Vaccine operations Central Provinces & Berar 1912-1920 - 1912-1920
Year: 1912
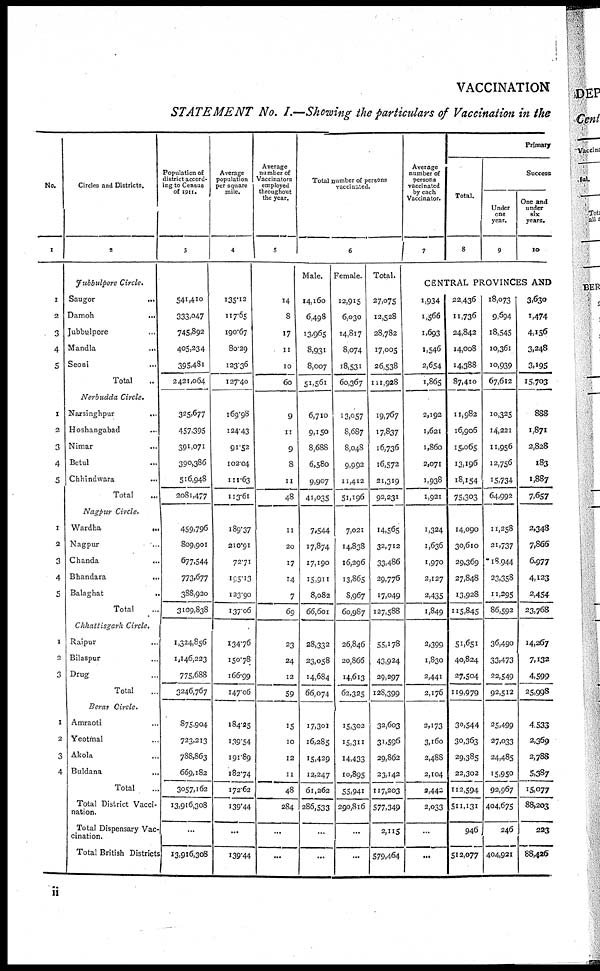
VACCINATION
STATEMENT No. I.—Showing the particulars of Vaccination in the
No.
1
1
2
3
4
5
1
2
3
4
5
1
2
3
4
5
1
2
3
1
2
3
4
Circles and Districts.
2
Jubbulpore
Circle.
Saugor
...
Damoh ...
Jubbulpore ...
Mandla
...
Seoni ...
Total ...
Nerbudda
Circle.
Narsinghpur
...
Hoshangabad ...
Nimar ...
Betul ...
Chhindwara ...
Total ...
Nagpur
Circle.
Wardha
...
Nagpur ...
Chanda ...
Bhandara
...
Balaghat
...
Total ...
Chhattisgarh
Circle.
Raipur ...
Bilaspur ...
Drug ...
Total ...
Berar
Circle.
Amraoti ...
Yeotmal ...
Akola ...
Buldana ...
Total ...
Total District Vacci-
nation.
Total Dispensary Vac-
cination.
Total British Districts
Population of
district accord-
ing to Census
of 1911.
3
541,410
333,047
745,892
405,234
395,481
2421,064
325,677
457,395
391,071
390,386
516,948
2081,477
459,796
809,901
677,544
773,677
388,920
3109,838
1,324,856
1,146,223
775,688
3246,767
875,904
723,213
788,863
669,182
3057,162
13,916,308
...
13,916,308
Average
population
per square
mile.
4
135.12
117.65
190.67
80.29
123.36
127.40
169.98
124.43
91.52
102.04
111.63
113.61
189.37
210.91
72.71
195.13
123.90
137.06
134.76
150.78
166.99
147.06
184.25
139.54
192.89
182.74
172.62
139.44
...
139.44
Average
number of
Vaccinators
employed
throughout
the year.
5
14
8
17
11
10
60
9
11
9
8
11
48
11
20
17
14
7
69
23
24
12
59
15
10
12
11
48
284
...
...
Total number of persons
vaccinated.
6
Male.
14,160
6,498
13,965
8,931
8,007
51,561
6,710
9,150
8,688
6,580
9,907
41,035
7,544
17,874
17,190
15,911
8,082
66,601
28,332
23,058
14,684
66,074
17,301
16,285
15,429
12,247
61,262
286,533
...
...
Female.
12,915
6,030
14,817
8,074
18,531
60,367
13,057
8,687
8,048
9,992
11,412
51,196
7,021
14,838
16,296
13,865
8,967
60,987
26,846
20,866
14,613
62,325
15,302
15,311
14,433
10,895
55,941
290,816
...
...
Total.
27,075
12,528
28,782
17,005
26,538
111,928
19,767
17,837
16,736
16,572
21,319
92,231
14,565
32,712
33,486
29,776
17,049
127,588
55,178
43,924
29,297
128,399
32,603
31,596
29,862
23,142
117,203
577,349
2,115
579,464
Average
number of
persons
vaccinated
by each
Vaccinator.
7
Primary
Total.
8
Success
Under
one
year.
9
One and
under
six
years.
10
CENTRAL PROVINCES AND
1,934
1,566
1,693
1,546
2,654
1,865
2,192
1,621
1,860
2,071
1,938
1,921
1,324
1,636
1,970
2,127
2,435
1,849
2,399
1,830
2,441
2,176
2,173
3,160
2,488
2,104
2,442
2,033
...
...
22,436
11,736
24,842
14,008
14,388
87,410
11,982
16,906
15,065
13,196
18,154
75,303
14,090
30,610
29,369
27,848
13,928
115,845
51,651
40,824
27,504
119,979
30,544
30,363
29,385
22,302
112,594
511,131
946
512,077
18,073
9,694
18,545
10,361
10,939
67,612
10,325
14,221
11,956
12,756
15,734
64,992
11,258
21,737
18,944
23,358
11,295
86,592
36,490
33,473
22,549
92,512
25,499
27,033
24,485
15,950
92,967
404,675
246
404,921
3,630
1,474
4,156
3,248
3,195
15,703
888
1,871
2,828
183
1,887
7,657
2,348
7,866
6,977
4,123
2,454
23,768
14,267
7,132
4,599
25,998
4,533
2,369
2,788
5,387
15,077
88,203
223
88,426
ii